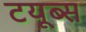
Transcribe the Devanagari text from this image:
टयूब्स